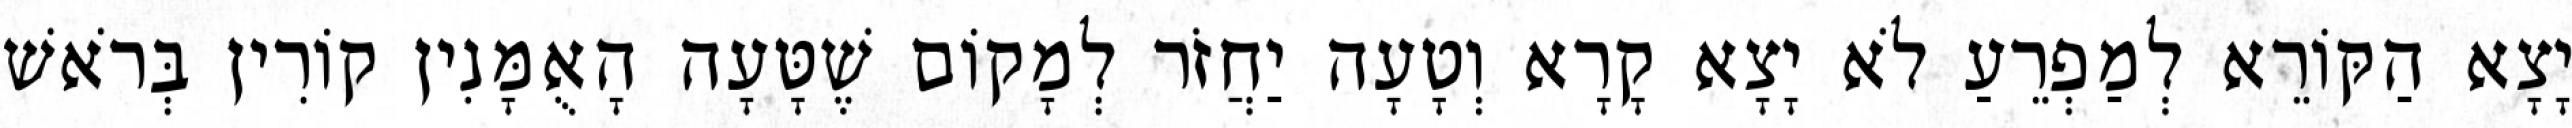
יָצָא הַקּוֹרֵא לְמַפְרֵעַ לֹא יָצָא קָרָא וְטָעָה יַחֲזֹר לְמָקוֹם שֶׁטָּעָה הָאֻמָּנִין קוֹרִין בְּרֹאשׁ